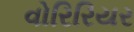
વોરિરિયર